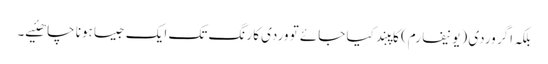
بلکہ اگر وردی (یونیفارم) کاپبند کیا جائے تو وردی کا رنگ تک ایک جیسا ہونا چاھئیے۔